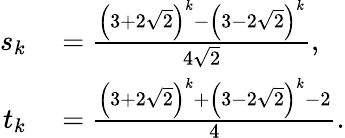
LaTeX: \begin{array}{rl}{s_{k}}&{{}={\frac{\left(3+2{\sqrt{2}}\right)^{k}-\left(3-2{\sqrt{2}}\right)^{k}}{4{\sqrt{2}}}},}\\ {t_{k}}&{{}={\frac{\left(3+2{\sqrt{2}}\right)^{k}+\left(3-2{\sqrt{2}}\right)^{k}-2}{4}}.}\end{array}